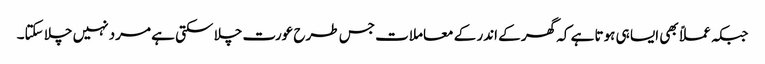
جبکہ عملاً بھی ایسا ہی ہوتا ہے کہ گھر کے اندر کے معاملات جس طرح عورت چلا سکتی ہے مرد نہیں چلا سکتا۔